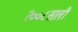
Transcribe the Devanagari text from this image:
२००८साली